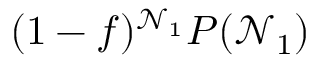
( 1 - f ) ^ { \mathcal { N } _ { 1 } } P ( \mathcal { N } _ { 1 } )